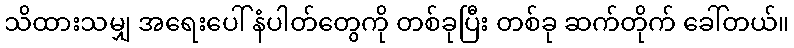
သိထားသမျှ အရေးပေါ် နံပါတ်တွေကို တစ်ခုပြီး တစ်ခု ဆက်တိုက် ခေါ်တယ်။